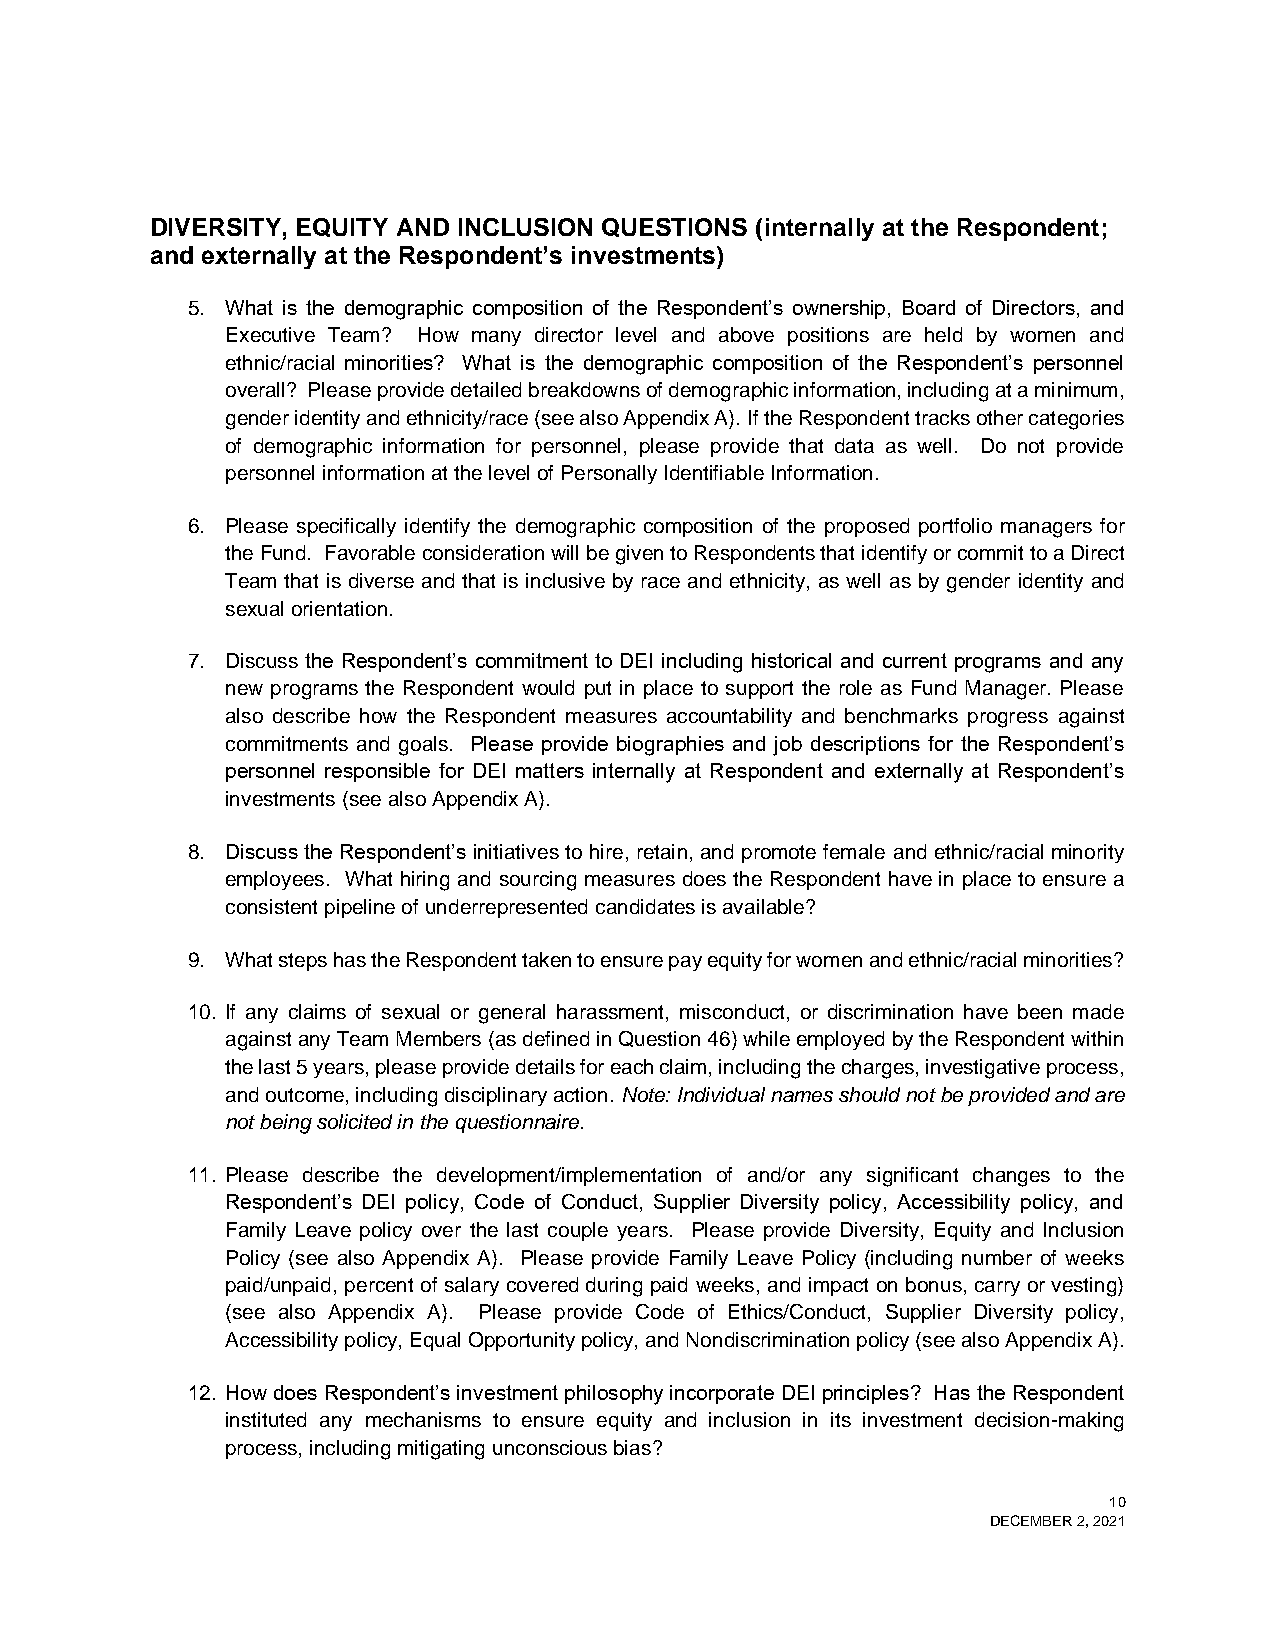
DIVERSITY, EQUITY AND INCLUSION QUESTIONS (internally at the Respondent;
 and externally at the Respondent’s investments)
 5. What is the demographic composition of the Respondent’s ownership, Board of Directors, and
 Executive Team? How many director level and above positions are held by women and
 ethnic/racial minorities? What is the demographic composition of the Respondent’s personnel
 overall? Please provide detailed breakdowns of demographic information, including at a minimum,
 gender identity and ethnicity/race (see also Appendix A). If the Respondent tracks other categories
 of demographic information for personnel, please provide that data as well. Do not provide
 personnel information at the level of Personally Identifiable Information.
 6. Please specifically identify the demographic composition of the proposed portfolio managers for
 the Fund. Favorable consideration will be given to Respondents that identify or commit to a Direct
 Team that is diverse and that is inclusive by race and ethnicity, as well as by gender identity and
 sexual orientation.
 7. Discuss the Respondent’s commitment to DEI including historical and current programs and any
 new programs the Respondent would put in place to support the role as Fund Manager. Please
 also describe how the Respondent measures accountability and benchmarks progress against
 commitments and goals. Please provide biographies and job descriptions for the Respondent’s
 personnel responsible for DEI matters internally at Respondent and externally at Respondent’s
 investments (see also Appendix A).
 8. Discuss the Respondent’s initiatives to hire, retain, and promote female and ethnic/racial minority
 employees. What hiring and sourcing measures does the Respondent have in place to ensure a
 consistent pipeline of underrepresented candidates is available?
 9. What steps has the Respondent taken to ensure pay equity for women and ethnic/racial minorities?
 10. If any claims of sexual or general harassment, misconduct, or discrimination have been made
 against any Team Members (as defined in Question 46) while employed by the Respondent within
 the last 5 years, please provide details for each claim, including the charges, investigative process,
 and outcome, including disciplinary action. Note: Individual names should not be provided and are
 not being solicited in the questionnaire.
 11. Please describe the development/implementation of and/or any significant changes to the
 Respondent’s DEI policy, Code of Conduct, Supplier Diversity policy, Accessibility policy, and
 Family Leave policy over the last couple years. Please provide Diversity, Equity and Inclusion
 Policy (see also Appendix A). Please provide Family Leave Policy (including number of weeks
 paid/unpaid, percent of salary covered during paid weeks, and impact on bonus, carry or vesting)
 (see also Appendix A). Please provide Code of Ethics/Conduct, Supplier Diversity policy,
 Accessibility policy, Equal Opportunity policy, and Nondiscrimination policy (see also Appendix A).
 12. How does Respondent’s investment philosophy incorporate DEI principles? Has the Respondent
 instituted any mechanisms to ensure equity and inclusion in its investment decision-making
 process, including mitigating unconscious bias?
 10
 DECEMBER 2, 2021